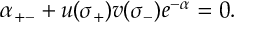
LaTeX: \alpha _ { + - } + u ( \sigma _ { + } ) v ( \sigma _ { - } ) e ^ { - \alpha } = 0 .